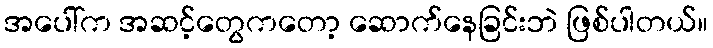
အပေါ်က အဆင့်တွေကတော့ ဆောက်နေခြင်းဘဲ ဖြစ်ပါတယ်။